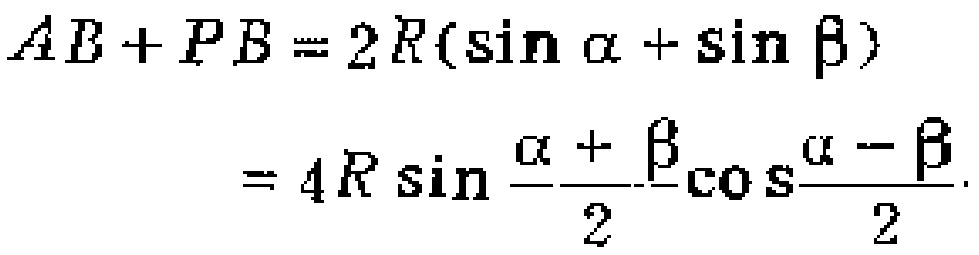
\[

\begin{align*}

AB + PB&=2R(\sin\alpha+\sin\beta)\\

&=4R\sin\frac{\alpha + \beta}{2}\cos\frac{\alpha - \beta}{2}

\end{align*}

\]